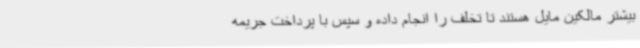
بیشتر مالکین مایل هستند تا تخلف را انجام داده و سپس با پرداخت جریمه